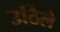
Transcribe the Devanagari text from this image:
उठिले